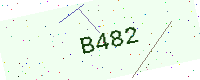
Text: B482